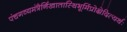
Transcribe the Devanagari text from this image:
पंचगव्यमंत्रैर्निखातास्थिभूमिंप्रोक्षेदित्यर्थः